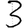
Digit: 3